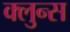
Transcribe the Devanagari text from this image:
क्लुन्स